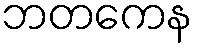
ဘတကေန